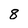
Character: 8